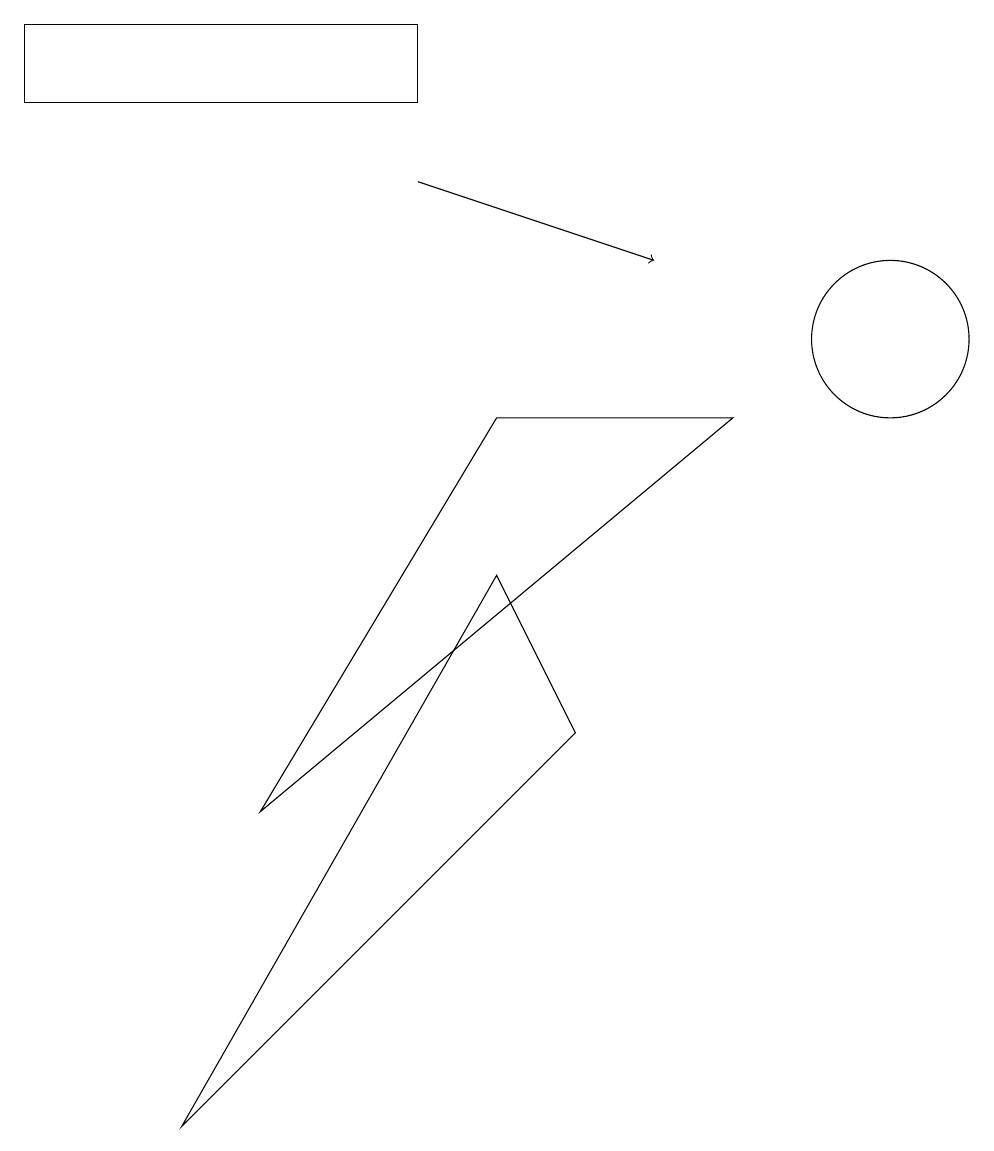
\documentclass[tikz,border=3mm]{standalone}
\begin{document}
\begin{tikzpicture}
\draw (2,0) -- (7,5) -- (6,7) -- cycle;
\draw[->] (5,12) -- (8,11);
\draw (6,9) -- (9,9) -- (3,4) -- cycle;
\draw (0,14) rectangle (5,13);
\draw (11,10) circle (1);
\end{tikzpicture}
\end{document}